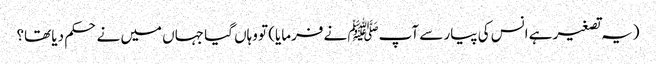
(یہ تصغیر ہے انس کی پیار سے آپﷺ نے فرمایا) تو وہاں گیا جہاں میں نے حکم دیا تھا؟